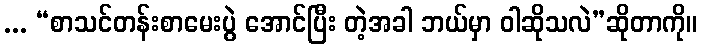
... “စာသင်တန်းစာမေးပွဲ အောင်ပြီး တဲ့အခါ ဘယ်မှာ ဝါဆိုသလဲ”ဆိုတာကို။